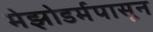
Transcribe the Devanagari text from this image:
मेझोडर्मपासून